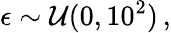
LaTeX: \epsilon\sim\mathcal{U}(0,10^{2})\, ,